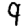
Digit: 9